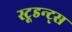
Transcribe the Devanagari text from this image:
स्टूडन्ट्स